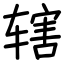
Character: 辖